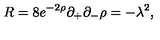
R = 8 e ^ { - 2 \rho } \partial _ { + } \partial _ { - } \rho = - \lambda ^ { 2 } ,